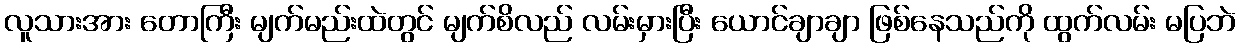
လူသားအား တောကြီး မျက်မည်းထဲတွင် မျက်စိလည် လမ်းမှားပြီး ယောင်ချာချာ ဖြစ်နေသည်ကို ထွက်လမ်း မပြဘဲ